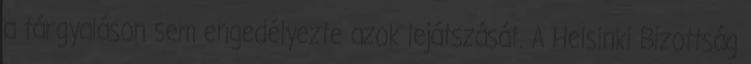
a tárgyaláson sem engedélyezte azok lejátszását. A Helsinki Bizottság